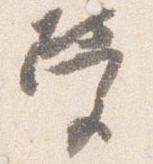
営